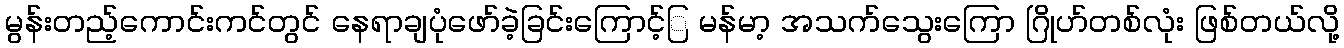
မွန်းတည့်ကောင်းကင်တွင် နေရာချပုံဖော်ခဲ့ခြင်းကြောင့်ြ မန်မာ့ အသက်သွေးကြော ဂြိုဟ်တစ်လုံး ဖြစ်တယ်လို့